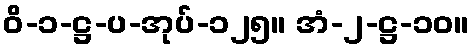
ဝိ-၁-ဋ္ဌ-ပ-အုပ်-၁၂၅။ အံ-၂-ဋ္ဌ-၁၀။